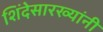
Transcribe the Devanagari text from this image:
शिंदेसारख्यांनी